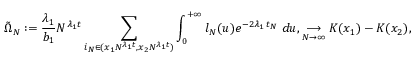
\tilde { \Omega } _ { N } : = \frac { \lambda _ { 1 } } { b _ { 1 } } N ^ { \lambda _ { 1 } t } \sum _ { i _ { N } \in ( x _ { 1 } N ^ { \lambda _ { 1 } t } , x _ { 2 } N ^ { \lambda _ { 1 } t } ) } \int _ { 0 } ^ { + \infty } l _ { N } ( u ) e ^ { - 2 \lambda _ { 1 } \, t _ { N } } \; d u , \underset { N \to \infty } { \longrightarrow } K ( x _ { 1 } ) - K ( x _ { 2 } ) ,